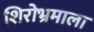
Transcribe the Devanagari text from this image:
शिरोभ्रमाला